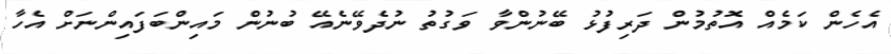
އެހެން ކަމެއް އޮތުމުން ދަރިފުޅު ބޭނުންވާ ވަގުތު ނުދެވޭނެއޭ ބުނުން މައިންބަފައިންނަށް އެހާ